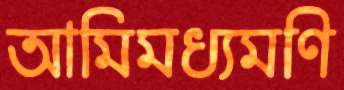
আমিমধ্যমণি